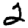
Digit: 2